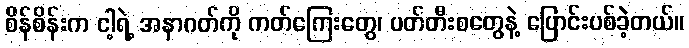
စိန်စိန်းက ငါ့ရဲ့ အနာဂတ်ကို ကတ်ကြေးတွေ၊ ပတ်တီးစတွေနဲ့ ပြောင်းပစ်ခဲ့တယ်။